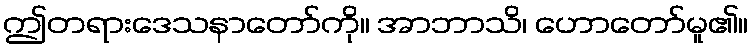
ဤတရားဒေသနာတော်ကို။ အာဘာသိ၊ ဟောတော်မူ၏။